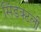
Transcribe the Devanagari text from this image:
सिंडक्टली